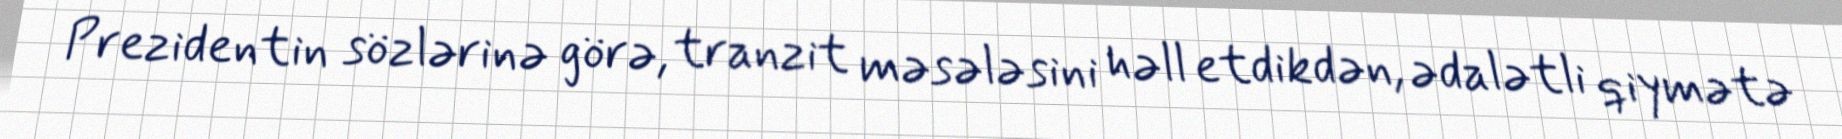
Prezidentin sözlərinə görə, tranzit məsələsini həll etdikdən, ədalətli qiymətə